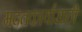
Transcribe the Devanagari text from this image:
मदतकार्यासाठी